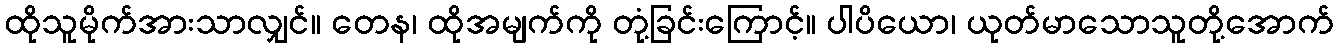
ထိုသူမိုက်အားသာလျှင်။ တေန၊ ထိုအမျက်ကို တုံ့ခြင်းကြောင့်။ ပါပိယော၊ ယုတ်မာသောသူတို့အောက်